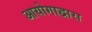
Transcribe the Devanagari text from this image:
आयोगाद्वारा